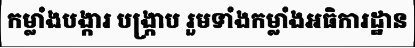
កម្លាំងបង្ការ បង្ក្រាប រួមទាំងកម្លាំងអធិការដ្ឋាន